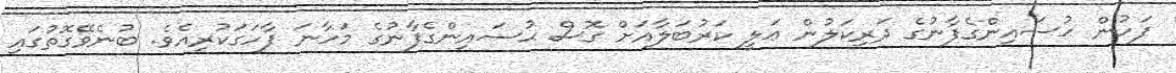
ފަހުން ޙުސައިންގެފާނުގެ ދަރިކަލުން ޢަލީ ކަރުބަލާއަށް ގޮސް ޙުސައިންގެފާނުގެ މަހާނަ ފާހަގަކުރިއެވެ. ބުނެވޭގޮތުގައި